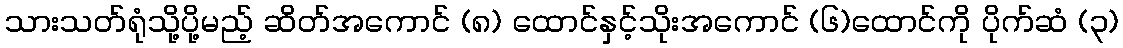
သားသတ်ရုံသို့ပို့မည့် ဆိတ်အကောင် (၈) ထောင်နှင့်သိုးအကောင် (၆)ထောင်ကို ပိုက်ဆံ (၃)